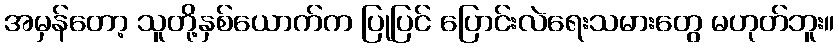
အမှန်တော့ သူတို့နှစ်ယောက်က ပြုပြင် ပြောင်းလဲရေးသမားတွေ မဟုတ်ဘူး။